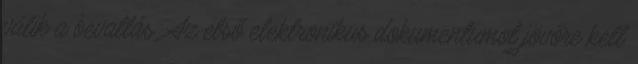
válik a bevallás. Az első elektronikus dokumentumot jövőre kell